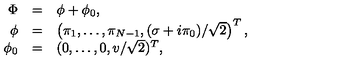
\begin{array} { r c l } { \Phi } & { = } & { \phi + \phi _ { 0 } , } \\ { \phi } & { = } & { \left( \pi _ { 1 } , \dots , \pi _ { N - 1 } , ( \sigma + i \pi _ { 0 } ) / \sqrt { 2 } \right) ^ { T } , } \\ { \phi _ { 0 } } & { = } & { ( 0 , \dots , 0 , v / \sqrt { 2 } ) ^ { T } , } \\ \end{array}